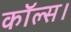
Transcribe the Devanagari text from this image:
कॉल्‍स।